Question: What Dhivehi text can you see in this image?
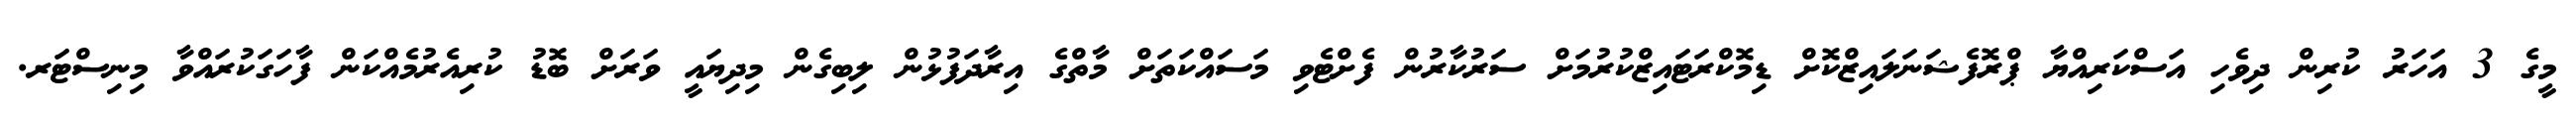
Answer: މީގެ 3 އަހަރު ކުރިން ދިވެހި އަސްކަރިއްޔާ ޕްރޮފެޝަނަލައިޒްކޮށް ޑިމޮކްރަޓައިޒްކުރުމަށް ސަރުކާރުން ފެށްޓެވި މަސައްކަތަށް މާތްގެ އިރާދަފުޅުން ލިބިގެން މިދިޔައީ ވަރަށް ބޮޑު ކުރިއެރުމެއްކަން ފާހަގަކުރައްވާ މިނިސްޓަރ.